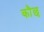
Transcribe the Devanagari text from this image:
कौछ